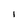
Character: I